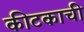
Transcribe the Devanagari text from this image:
कीटकाची